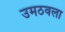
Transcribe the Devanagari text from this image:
उमठवला